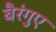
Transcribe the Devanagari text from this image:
बैरंगुए